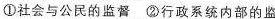
①社会与公民的监督 ②行政系统内部的监